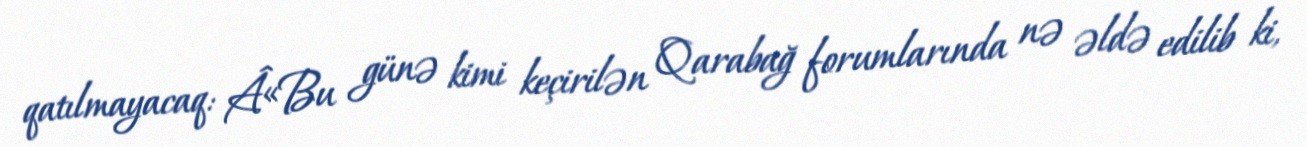
qatılmayacaq: Â«Bu günə kimi keçirilən Qarabağ forumlarında nə əldə edilib ki,